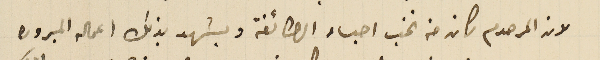
لان المرحوم كان من نخب احباء الطائفة ويشهد بذلك اعماله المبروره